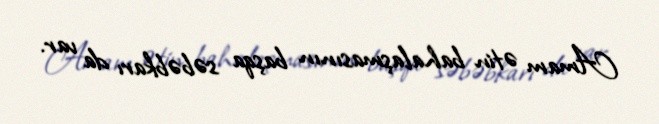
Amam ətin bahalaşmasının başqa səbəbkarı da var.